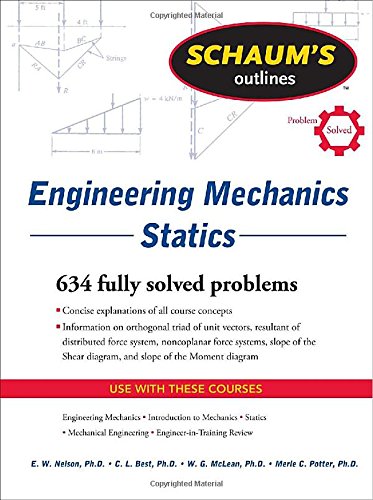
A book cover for Schaum's Outline of Engineering Mechanics: Statics (Schaum's Outlines); E. Nelson; Science & Math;